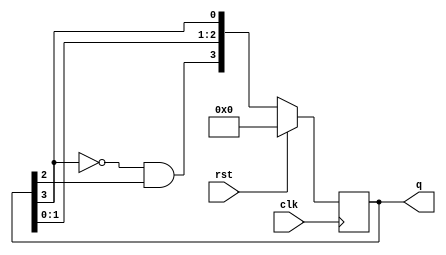
module JohnsonCounter (
    input clk,
    input rst,
    output reg [3:0] q
);

reg [3:0] next_q;

always @(posedge clk) begin
    if (rst) begin
        q <= 4'b0000;
    end else begin
        q <= next_q;
    end
end

always @* begin
    next_q[0] = q[3];
    next_q[1] = q[0];
    next_q[2] = q[1];
    next_q[3] = ~q[3] & q[2];
end

endmodule